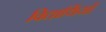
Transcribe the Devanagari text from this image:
विद्यार्थियों